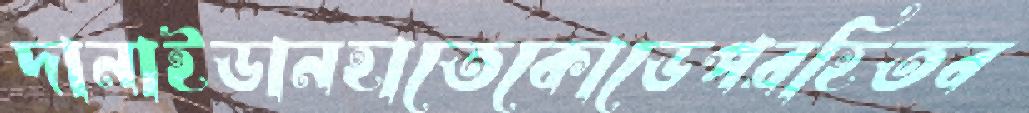
দানাইডানহাতেকোডেপরহিতব